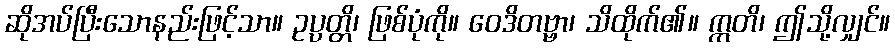
ဆိုအပ်ပြီးသောနည်းဖြင့်သာ။ ဥပ္ပတ္တိ၊ ဖြစ်ပုံကို။ ဝေဒိတဗ္ဗာ၊ သိထိုက်၏။ ဣတိ၊ ဤသို့လျှင်။